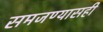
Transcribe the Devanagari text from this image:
समजण्यासही